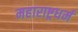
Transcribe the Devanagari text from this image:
महाराष्ट्रधर्म